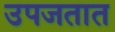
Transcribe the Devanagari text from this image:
उपजतात